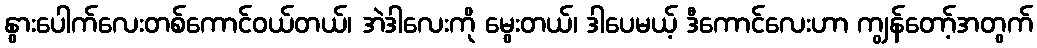
နွားပေါက်လေးတစ်ကောင်ဝယ်တယ်၊ အဲဒါလေးကို မွေးတယ်၊ ဒါပေမယ့် ဒီကောင်လေးဟာ ကျွန်တော့်အတွက်